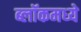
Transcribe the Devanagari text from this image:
ब्लॉकमध्‍ये